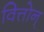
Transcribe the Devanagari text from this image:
वित्तोन्